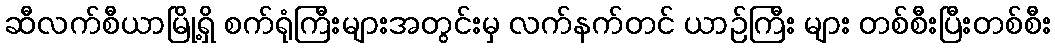
ဆီလက်စီယာမြို့ရှိ စက်ရုံကြီးများအတွင်းမှ လက်နက်တင် ယာဉ်ကြီး များ တစ်စီးပြီးတစ်စီး